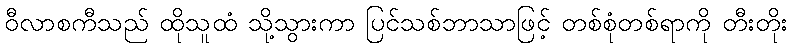
ဝီလာစကီသည် ထိုသူထံ သို့သွားကာ ပြင်သစ်ဘာသာဖြင့် တစ်စုံတစ်ရာကို တီးတိုး